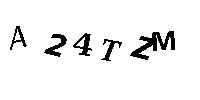
A24TZM